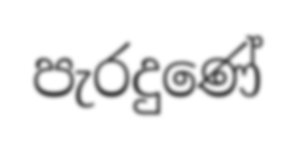
පැරදුණේ